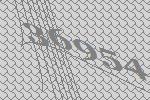
36954